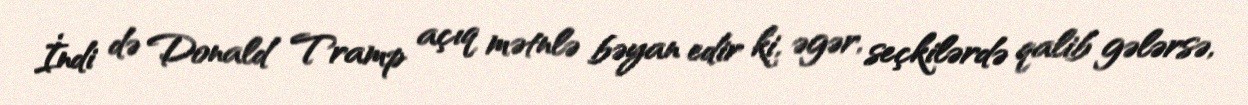
İndi də Donald Tramp açıq mətnlə bəyan edir ki, əgər, seçkilərdə qalib gələrsə,